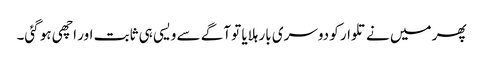
پھر میں نے تلوار کو دوسری بار ہلایا تو آگے سے ویسی ہی ثابت اور اچھی ہو گئی۔